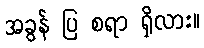
အခွန် ပြ စရာ ရှိလား။